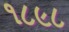
૧૮૯૮